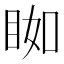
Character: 𥆃